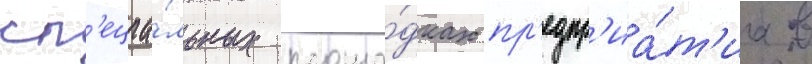
сп'ециа́льных площа́дках пр'едпр'иа́т'иа в